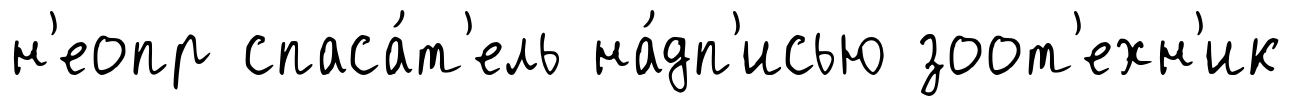
н'еопр спаса́т'ель на́дп'исью зоот'ехн'ик